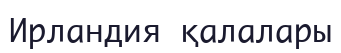
Ирландия қалалары